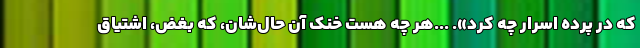
که در پرده اسرار چه کرد». ...هر چه هست خنک آن حال‌شان، که بغض، اشتیاق